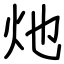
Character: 灺